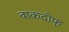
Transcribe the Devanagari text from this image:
वाकदोफ्